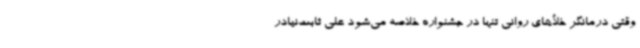
وقتی درمانگر خلأهای روانی تنها در جشنواره خلاصه می‌شود علی ثابت‌نیادر